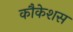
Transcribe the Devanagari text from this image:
कौकेशस